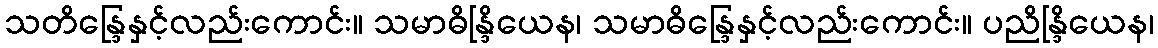
သတိန္ဒြေနှင့်လည်းကောင်း။ သမာဓိန္ဒြိယေန၊ သမာဓိန္ဒြေနှင့်လည်းကောင်း။ ပညိန္ဒြိယေန၊